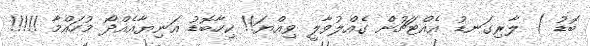
ބޮޑު ) ލާރިގަނޑު އެއްޓަޗުން ގެއްލުވާލީ ވިއްޔަ!! ކިހާބޮޑު އަނިޔާއެއްދޯ މުހައްމާ !!!!!